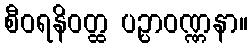
စီဝရနိဝတ္ထ ပဉ္ပာဝဏ္ဏနာ။